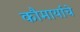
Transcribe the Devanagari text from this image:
कौमार्याचे